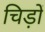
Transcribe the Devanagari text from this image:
चिड़ों